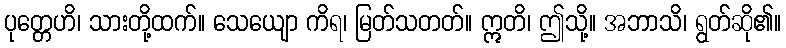
ပုတ္တေဟိ၊ သားတို့ထက်။ သေယျော ကိရ၊ မြတ်သတတ်။ ဣတိ၊ ဤသို့။ အဘာသိ၊ ရွတ်ဆို၏။